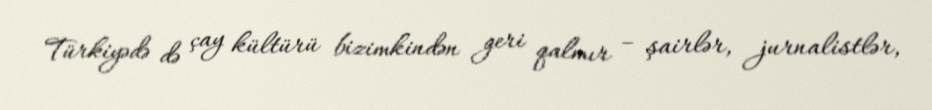
Türkiyədə də çay kültürü bizimkindən geri qalmır – şairlər, jurnalistlər,